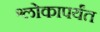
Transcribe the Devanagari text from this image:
श्लोकापर्यंत